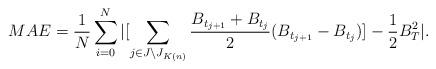
LaTeX: \begin{align*}\displaystyle MAE=\displaystyle \frac{1}{N} \sum_{i=0}^{N} |[\sum_{\substack{j\in J\setminus J_{K(n)}}}\frac{B_{t_{j+1}}+ B_{t_{j}}}{2}(B_{t_{j+1}}-B_{t_{j}})]-\frac{1}{2} B_{T}^2 |.\end{align*}